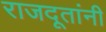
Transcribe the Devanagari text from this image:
राजदूतांनी